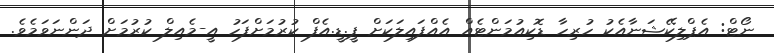
ނޯޓް: އެޕްލިކޭޝަނާއެކު ހުރިހާ ޑޮކިއުމަންޓެއް އެއްފައިލަކަށް ޕީ.ޑީ.އެފް ކުރުމަށްފަހު އީ-މެއިލް ކުރުމަށް ދަންނަވަމެވެ.